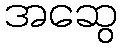
အဆွေ